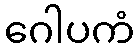
ဂေါပကံ